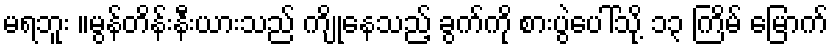
မရဘူး ။မွန်တိန်းနီးယားသည် ကျိုနေသည့် ခွက်ကို စားပွဲပေါ်သို့ ၁၃ ကြိမ် မြောက်